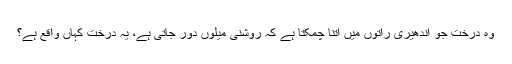
وہ درخت جو اندھیری راتوں میں اتنا چمکتا ہے کہ روشنی میلوں دور جاتی ہے، یہ درخت کہاں واقع ہے؟